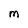
Character: M